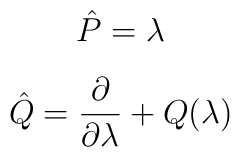
\hat P =  \lambda$$$$\hat Q = {\partial \over \partial \lambda } + Q(\lambda )